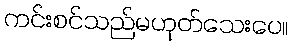
ကင်းစင်သည်မဟုတ်သေးပေ။